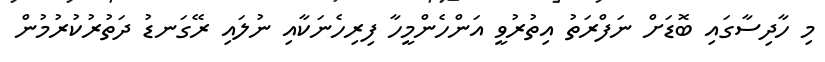
މި ހާދިސާގައި ބޮޑަށް ނަފްރަތު އިތުރުވީ އަންހެންމީހާ ފިރިހެނަކާއި ނުލައި ރޭގަނޑު ދަތުރުކުރުމުން